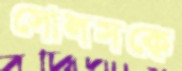
সোলসকে